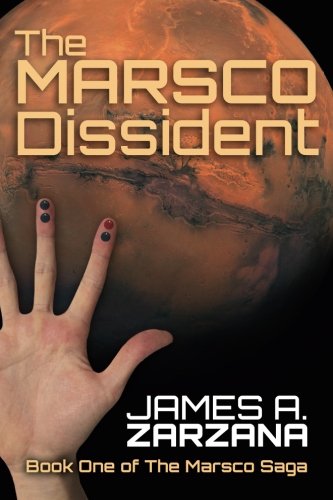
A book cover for The Marsco Dissident (The Marsco Saga) (Volume 1); James A. Zarzana; Science Fiction & Fantasy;